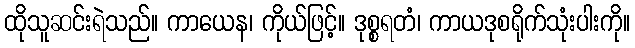
ထိုသူဆင်းရဲသည်။ ကာယေန၊ ကိုယ်ဖြင့်။ ဒုစ္စရတံ၊ ကာယဒုစရိုက်သုံးပါးကို။